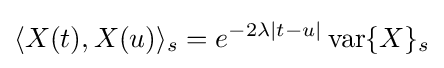
\langle X(t),X(u)\rangle _{s}=e^{-2\lambda |t-u|}\operatorname {var} \{X\}_{s}